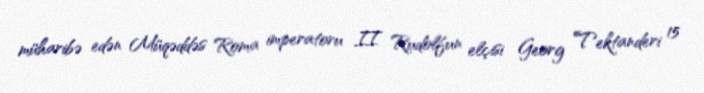
müharibə edən Müqəddəs Roma imperatoru II Rudolfun elçisi Georg Tektanderi 15